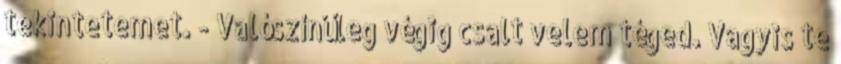
tekintetemet. - Valószínűleg végig csalt velem téged. Vagyis te